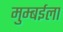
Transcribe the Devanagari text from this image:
मुम्बईला